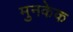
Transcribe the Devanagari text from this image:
मुनकेक